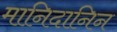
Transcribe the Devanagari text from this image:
मानिदानिन